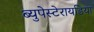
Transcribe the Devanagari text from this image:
ब्युपेस्टेरायडिया